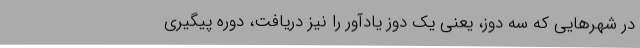
در شهرهایی که سه دوز، یعنی یک دوز یادآور را نیز دریافت، دوره پیگیری